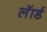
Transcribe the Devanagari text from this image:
लॅार्ड